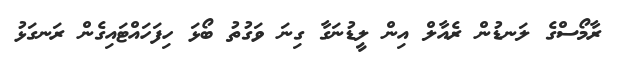
ރާމޯސްގެ ލަނޑުން ރެއާލް އިން ލީޑުނަގާ ގިނަ ވަގުތު ބޯޅަ ހިފަހައްޓައިގެން ރަނގަޅު